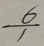
\frac { 6 } { 1 }